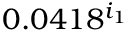
0 . 0 4 1 8 ^ { i _ { 1 } }